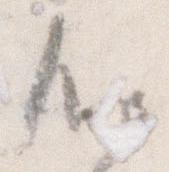
心